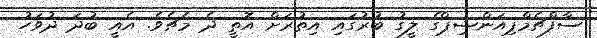
ސާފްޗެމްޕިއަންޝިޕްގެ ލީގު ބުރުގައި އިތުރަށް އޮތީ ދެ މެޗެވެ. އެއީ ބުދަ ދުވަހު